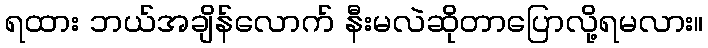
ရထား ဘယ်အချိန်လောက် နီးမလဲဆိုတာပြောလို့ရမလား။